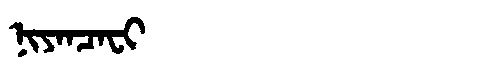
Manchu: ᠨᡳᠶᠠᠨᠴᠠᠸᡳ
Romanization: NIYANCAFI